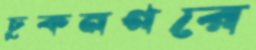
চুকনগরে